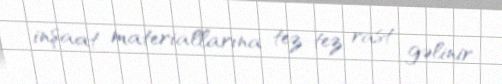
inşaat materiallarına tez-tez rast gəlinir.